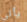
يأتي